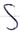
Text: S